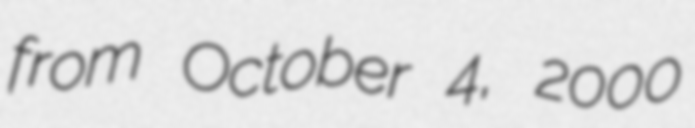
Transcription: from October 4, 2000